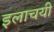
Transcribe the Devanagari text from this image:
इलाचयी